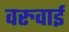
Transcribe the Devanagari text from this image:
वरुवाई